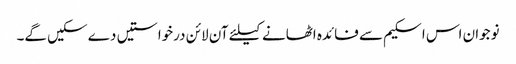
نوجوان اس اسکیم سے فائدہ اٹھانے کیلئے آن لائن درخواستیں دے سکیں گے۔